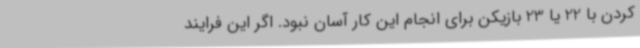
کردن با 22 یا 23 بازیکن برای انجام این کار آسان نبود. اگر این فرایند